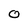
Character: O